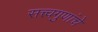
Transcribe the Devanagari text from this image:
सत्त्वगुणांचे